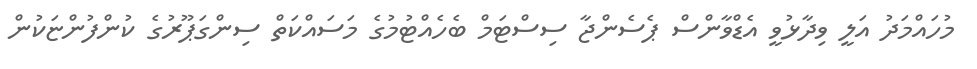
މުހައްމަދު އަލީ ވިދާޅުވީ އެޑްވާންސް ޕެސެންޖާ ސިސްޓަމް ބެހެއްޓުމުގެ މަސައްކަތް ސިންގަޕޫރުގެ ކުންފުންޏަކުން